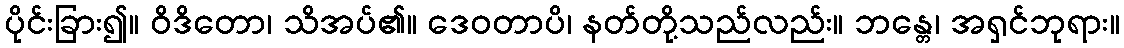
ပိုင်းခြား၍။ ဝိဒိတော၊ သိအပ်၏။ ဒေဝတာပိ၊ နတ်တို့သည်လည်း။ ဘန္တေ၊ အရှင်ဘုရား။